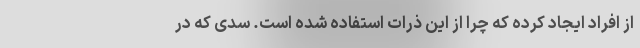
از افراد ایجاد کرده که چرا از این ذرات استفاده شده است. سدی که در